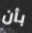
بأن